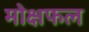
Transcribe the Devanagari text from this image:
मोक्षफल